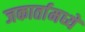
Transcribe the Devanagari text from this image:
जकार्तामध्ये